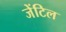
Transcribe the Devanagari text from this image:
जेंटिल